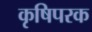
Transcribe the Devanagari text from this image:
कृषिपरक